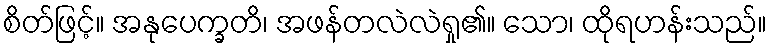
စိတ်ဖြင့်။ အနုပေက္ခတိ၊ အဖန်တလဲလဲရှု၏။ သော၊ ထိုရဟန်းသည်။